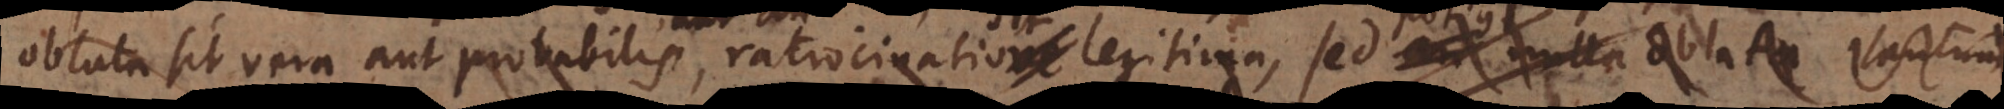
oblata sit vera aut probabilis, ratiocinatiove legitima, sed an nulla